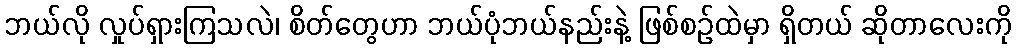
ဘယ်လို လှုပ်ရှားကြသလဲ၊ စိတ်တွေဟာ ဘယ်ပုံဘယ်နည်းနဲ့ ဖြစ်စဉ်ထဲမှာ ရှိတယ် ဆိုတာလေးကို